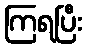
ကြရပြီး